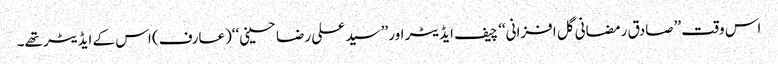
اس وقت ’’صادق رمضانی گل افزانی‘‘ چیف ایڈیٹر اور ’’سید علی رضا حسینی‘‘(عارف) اس کے ایڈیٹر تھے۔